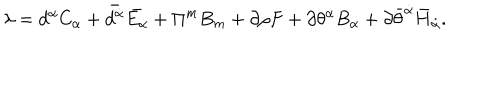
\lambda = d ^ { \alpha } C _ { \alpha } + \bar { d ^ { \dot { \alpha } } } \bar { E _ { \dot { \alpha } } } + \Pi ^ { m } B _ { m } + \partial \rho F + \partial \theta ^ { \alpha } B _ { \alpha } + \partial { \bar { \theta } } ^ { \dot { \alpha } } { \bar { H } } _ { \dot { \alpha } } .